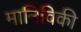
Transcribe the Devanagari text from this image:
मानिविकी